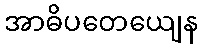
အာဓိပတေယျေန